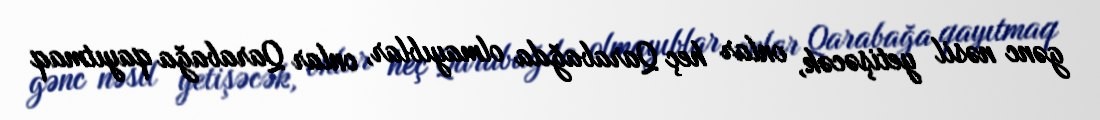
gənc nəsil yetişəcək, onlar heç Qarabağda olmayıblar, onlar Qarabağa qayıtmaq